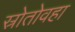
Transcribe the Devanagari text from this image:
स्रोतोवहा